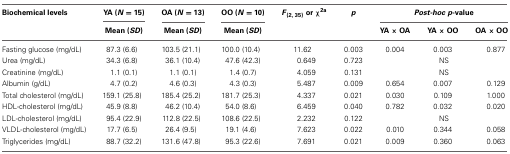
<table><thead><tr><td><b>Biochemical levels</b></td><td><b>YA (<i>N</i> = 15)</b></td><td><b>OA (<i>N</i> = 13)</b></td><td><b>OO (<i>N</i> = 10)</b></td><td><b><i>F</i><sub>(2, 35)</sub> or χ<sup>2a</sup></b></td><td><b><i>p</i></b></td><td colspan="3"><b><i>Post-hoc p</i>-value</b></td></tr><tr><td></td><td><b>Mean (<i>SD</i>)</b></td><td><b>Mean (<i>SD</i>)</b></td><td><b>Mean (<i>SD</i>)</b></td><td></td><td></td><td><b>YA × OA</b></td><td><b>YA × OO</b></td><td><b>OA × OO</b></td></tr></thead><tbody><tr><td>Fasting glucose (mg/dL)</td><td>87.3 (6.6)</td><td>103.5 (21.1)</td><td>100.0 (10.4)</td><td>11.62</td><td>0.003</td><td>0.004</td><td>0.003</td><td>0.877</td></tr><tr><td>Urea (mg/dL)</td><td>34.3 (6.8)</td><td>36.1 (10.4)</td><td>47.6 (42.3)</td><td>0.649</td><td>0.723</td><td></td><td>NS</td><td></td></tr><tr><td>Creatinine (mg/dL)</td><td>1.1 (0.1)</td><td>1.1 (0.1)</td><td>1.4 (0.7)</td><td>4.059</td><td>0.131</td><td></td><td>NS</td><td></td></tr><tr><td>Albumin (g/dL)</td><td>4.7 (0.2)</td><td>4.6 (0.3)</td><td>4.3 (0.3)</td><td>5.487</td><td>0.009</td><td>0.654</td><td>0.007</td><td>0.129</td></tr><tr><td>Total cholesterol (mg/dL)</td><td>159.1 (25.8)</td><td>185.4 (25.2)</td><td>181.7 (25.3)</td><td>4.337</td><td>0.021</td><td>0.030</td><td>0.109</td><td>1.000</td></tr><tr><td>HDL-cholesterol (mg/dL)</td><td>45.9 (8.8)</td><td>46.2 (10.4)</td><td>54.0 (8.6)</td><td>6.459</td><td>0.040</td><td>0.782</td><td>0.032</td><td>0.020</td></tr><tr><td>LDL-cholesterol (mg/dL)</td><td>95.4 (22.9)</td><td>112.8 (22.5)</td><td>108.6 (22.5)</td><td>2.232</td><td>0.122</td><td></td><td>NS</td><td></td></tr><tr><td>VLDL-cholesterol (mg/dL)</td><td>17.7 (6.5)</td><td>26.4 (9.5)</td><td>19.1 (4.6)</td><td>7.623</td><td>0.022</td><td>0.010</td><td>0.344</td><td>0.058</td></tr><tr><td>Triglycerides (mg/dL)</td><td>88.7 (32.2)</td><td>131.6 (47.8)</td><td>95.3 (22.6)</td><td>7.691</td><td>0.021</td><td>0.009</td><td>0.360</td><td>0.063</td></tr></tbody></table>